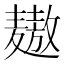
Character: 𲎓